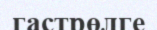
гастрөлге